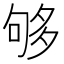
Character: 够